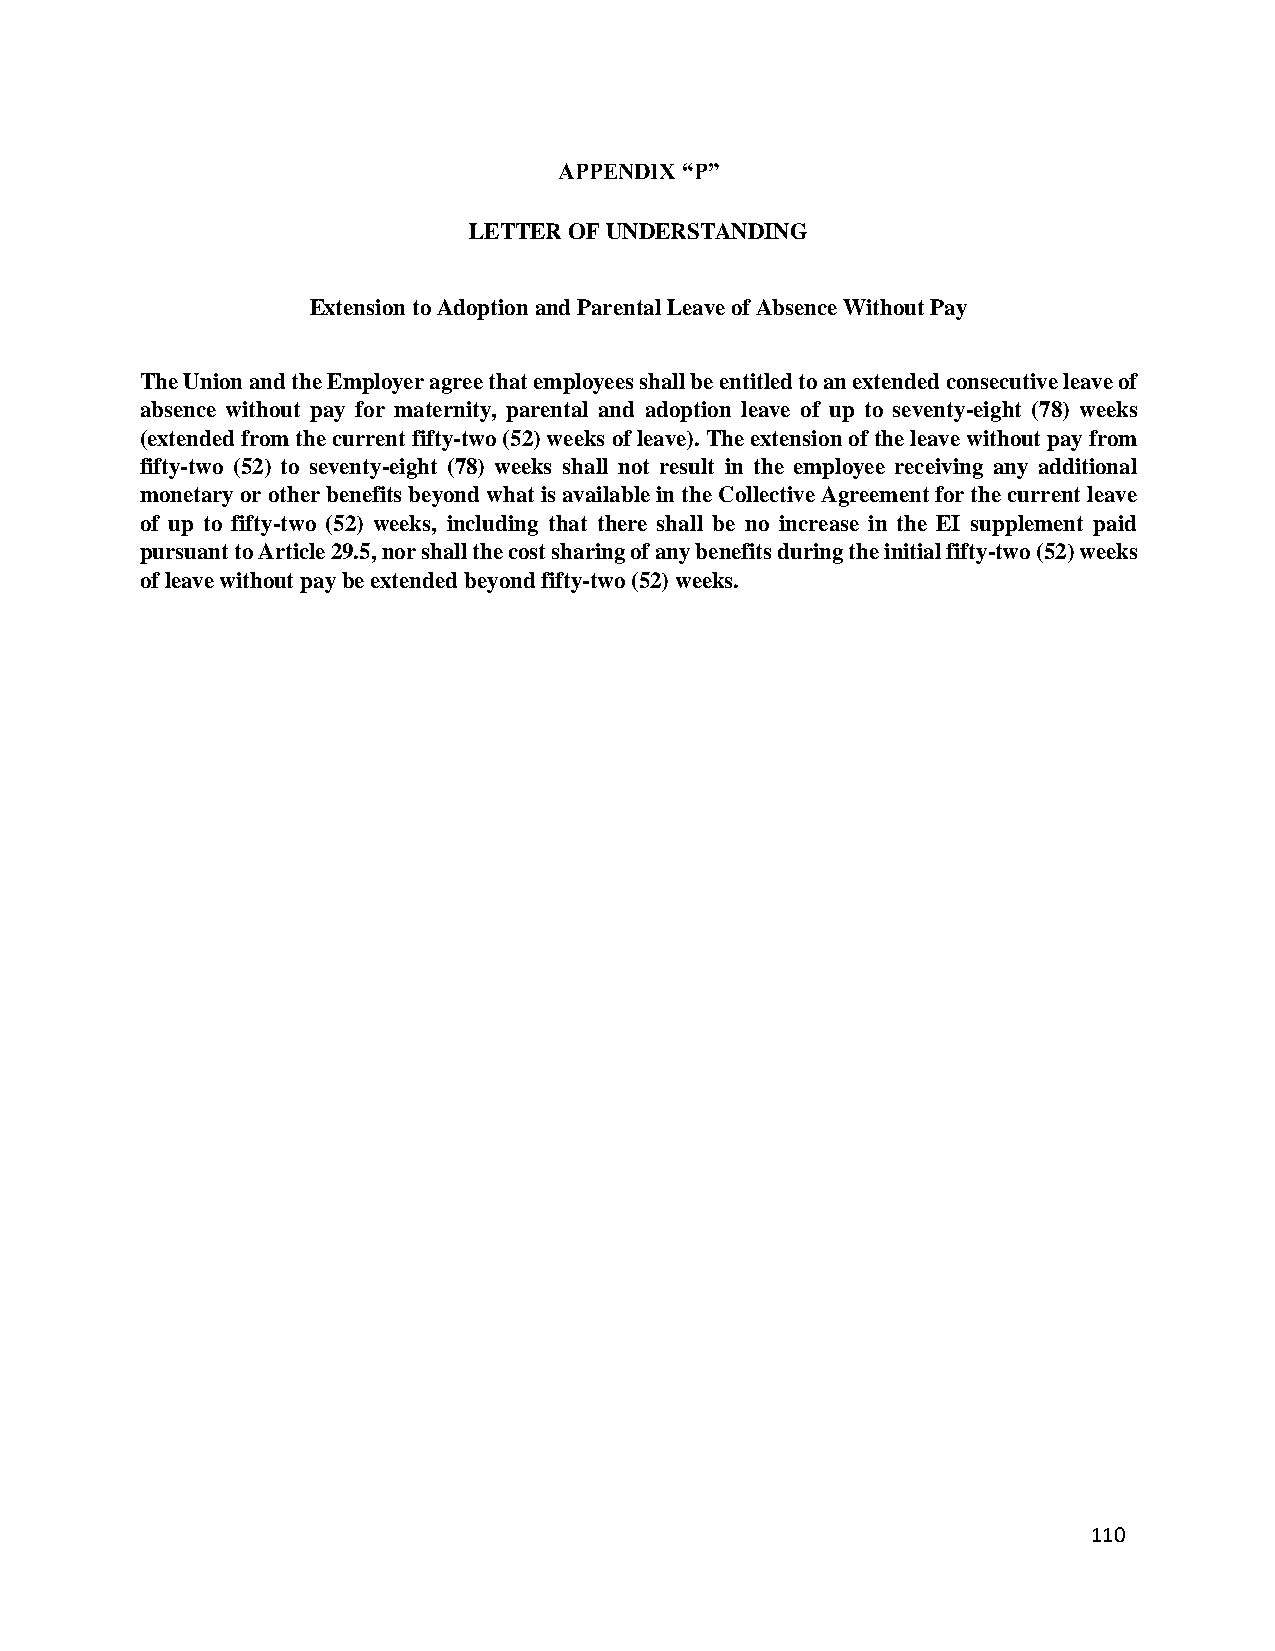
APPENDIX “P”
 LETTER OF UNDERSTANDING
 Extension to Adoption and Parental Leave of Absence Without Pay
 The Union and the Employer agree that employees shall be entitled to an extended consecutive leave of
 absence without pay for maternity, parental and adoption leave of up to seventy-eight (78) weeks
 (extended from the current fifty-two (52) weeks of leave). The extension of the leave without pay from
 fifty-two (52) to seventy-eight (78) weeks shall not result in the employee receiving any additional
 monetary or other benefits beyond what is available in the Collective Agreement for the current leave
 of up to fifty-two (52) weeks, including that there shall be no increase in the EI supplement paid
 pursuant to Article 29.5, nor shall the cost sharing of any benefits during the initial fifty-two (52) weeks
 of leave without pay be extended beyond fifty-two (52) weeks.
 110